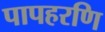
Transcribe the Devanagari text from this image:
पापहरणि